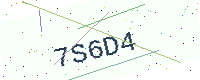
Text: 7S6D4